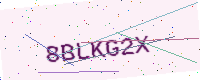
Text: 8BLKG2X